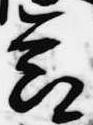
節